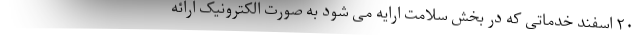
۲۰ اسفند خدماتی که در بخش سلامت ارایه می شود به صورت الکترونیک ارائه